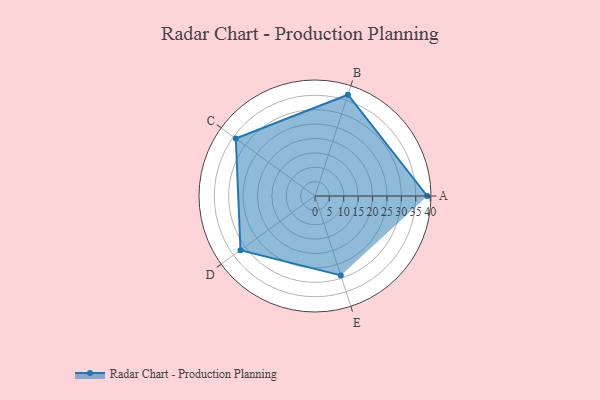
{"axis": {"x": "Skill", "y": "Score"}, "legend": ["Profile"], "data": [{"x": "A", "y": 39.0, "type": "Profile"}, {"x": "B", "y": 37.0, "type": "Profile"}, {"x": "C", "y": 34.0, "type": "Profile"}, {"x": "D", "y": 32.0, "type": "Profile"}, {"x": "E", "y": 29.0, "type": "Profile"}]}